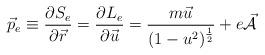
LaTeX: \begin{align*}\vec{p}_e \equiv \frac{\partial S_e}{\partial \vec{r}} =\frac{\partial L_e}{\partial \vec{u}} = \frac{m \vec{u}}{(1 -u^2)^{\frac{1}{2}}} + e \vec{{\cal A}}\end{align*}